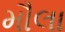
મૌલા